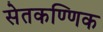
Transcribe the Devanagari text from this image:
सेतकण्णिक